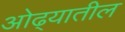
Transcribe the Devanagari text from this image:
ओढ्यातील